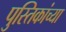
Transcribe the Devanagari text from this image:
पुस्तिकांच्‍या